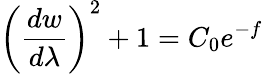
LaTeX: \left(\frac{dw}{d\lambda}\right)^{2}+1=C_{0}e^{-f}